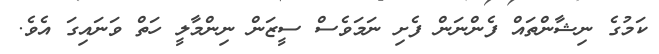
ކަމުގެ ނިޝާންތައް ފެންނަން ފެށި ނަމަވެސް ސީޒަން ނިންމާލީ ހަތް ވަނައިގަ އެވެ.